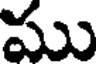
ము